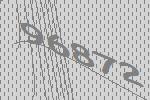
96872